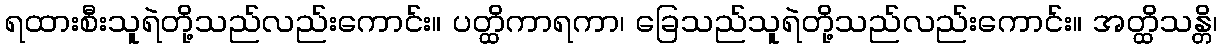
ရထားစီးသူရဲတို့သည်လည်းကောင်း။ ပတ္ထိကာရကာ၊ ခြေသည်သူရဲတို့သည်လည်းကောင်း။ အတ္ထိသန္တိ၊